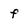
Character: f